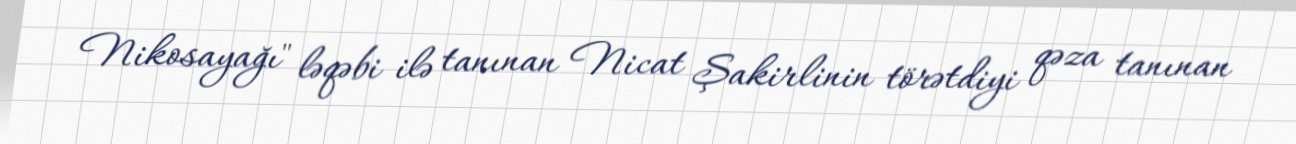
Nikosayağı" ləqəbi ilə tanınan Nicat Şakirlinin törətdiyi qəza tanınan